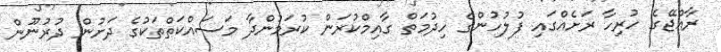
ރާއްޖޭގެ ހުރިހާ ރަށެއްގައި ފުލުހުންގެ ހިދުމަތް ގާއިމްކުރަން ކުރަމުންދާ މަސައްކަތްތަކުގެ ދަށުން ދުރުނޫން